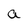
Character: a